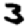
Digit: 3